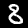
Label: 8